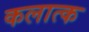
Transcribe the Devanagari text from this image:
कलात्क